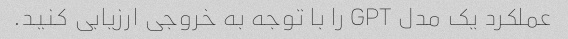
عملکرد یک مدل GPT را با توجه به خروجی ارزیابی کنید.